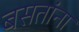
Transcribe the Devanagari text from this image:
बसतांना